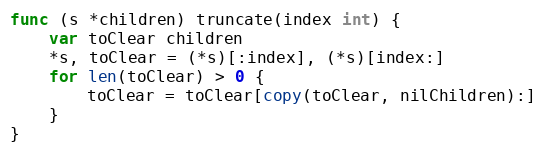
Language: Go
func (s *children) truncate(index int) {
	var toClear children
	*s, toClear = (*s)[:index], (*s)[index:]
	for len(toClear) > 0 {
		toClear = toClear[copy(toClear, nilChildren):]
	}
}